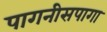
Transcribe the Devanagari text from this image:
पागनीसपागा